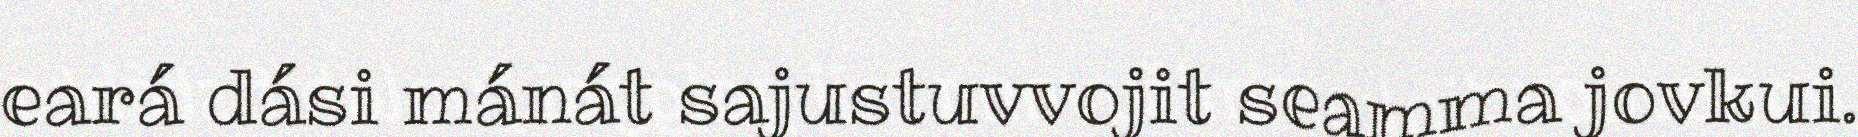
eará dási mánát sajustuvvojit seamma jovkui.